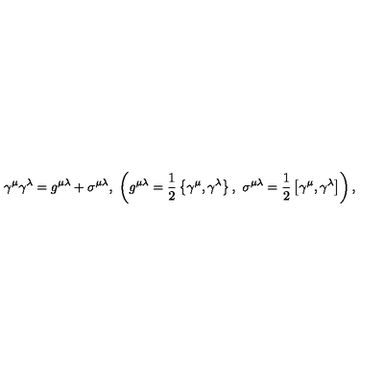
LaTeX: \gamma ^ { \mu } \gamma ^ { \lambda } = g ^ { \mu \lambda } + \sigma ^ { \mu \lambda } , \ \left( g ^ { \mu \lambda } = \frac { 1 } { 2 } \left\{ \gamma ^ { \mu } , \gamma ^ { \lambda } \right\} , \ \sigma ^ { \mu \lambda } = \frac { 1 } { 2 } \left[ \gamma ^ { \mu } , \gamma ^ { \lambda } \right] \right) ,